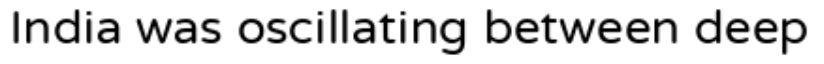
India was oscillating between deep